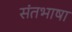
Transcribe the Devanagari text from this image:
संतभाषा